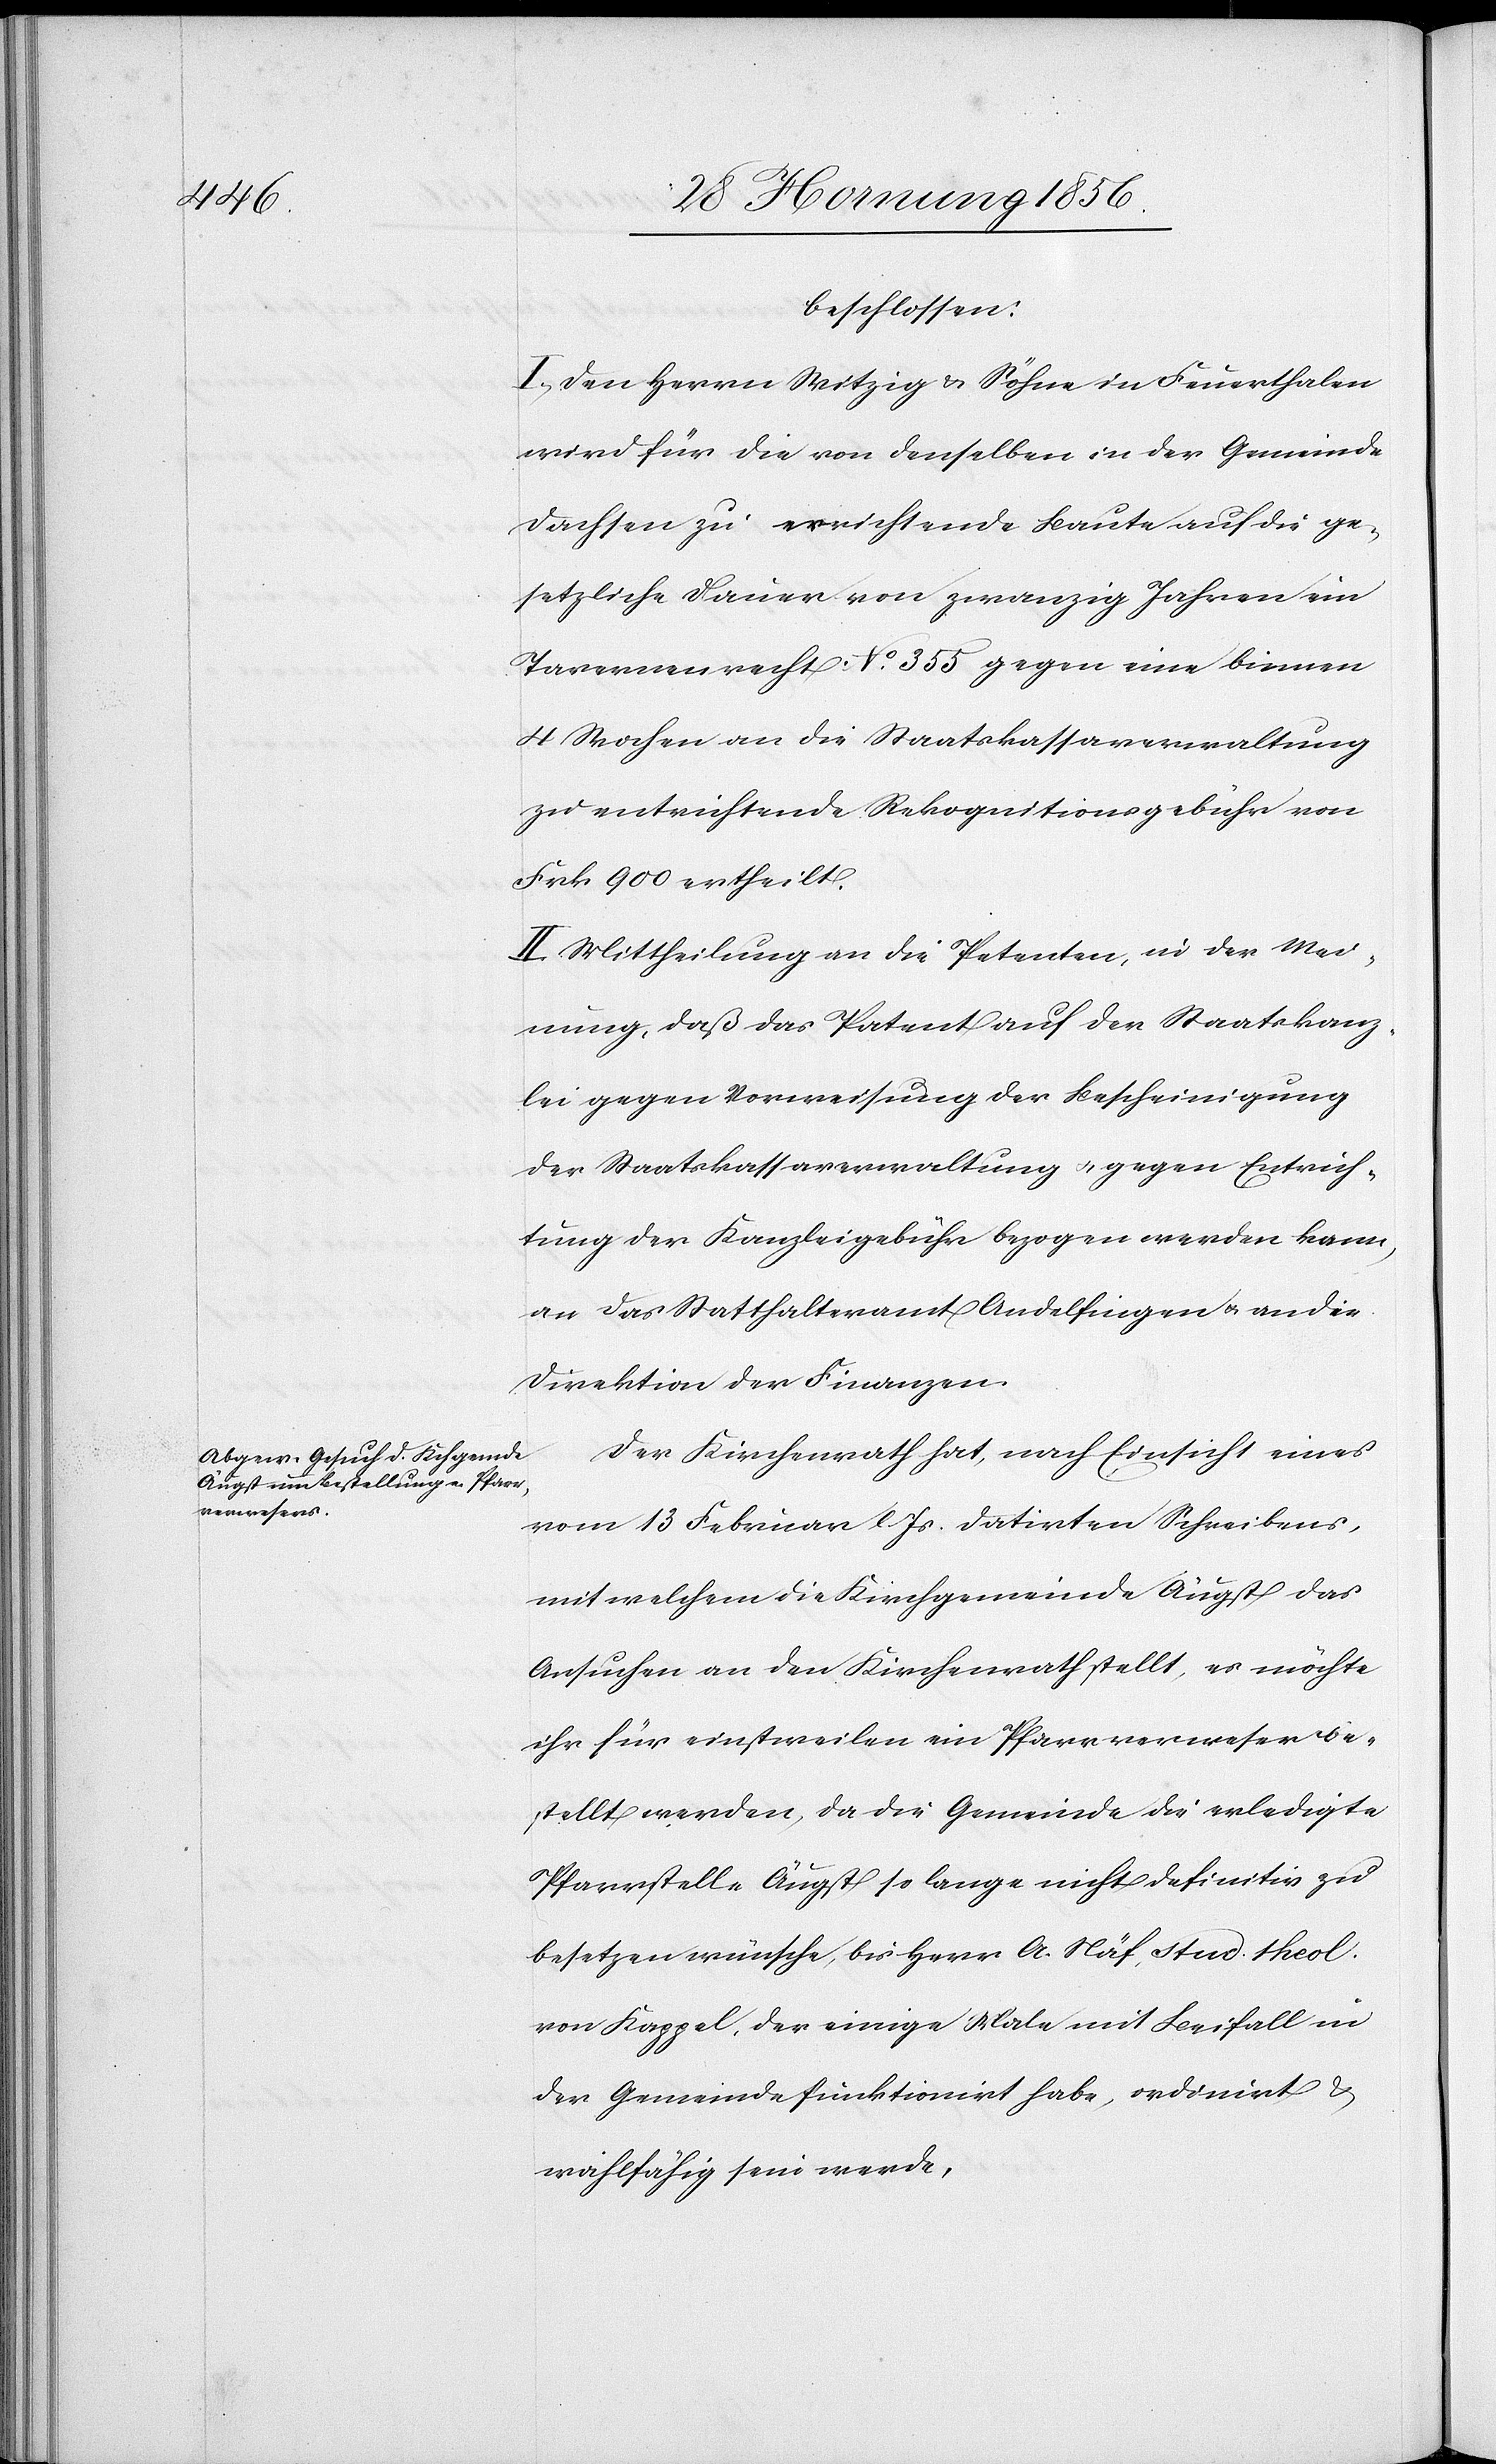
beschlossen:
I.) Den Herrn Witzig & Söhne in Feuerthalen
wird für die denselben in der Gemeinde
Dachsen zu errichtende Baute auf die ge¬
setzliche Dauer von zwanzig Jahren ein
Tavernenrecht No. 355 gegen eine binnen
4 Wochen an die Staatskassaverwaltung
zu entrichtende Rekognitionsgebühr von
Frk 900 ertheilt.
II.) Mittheilung an die Petenten, in der Mei¬
nung, daß das Patent auf der Staatskanz¬
lei gegen Vorweisung der Bescheinigung
der Staatskassaverwaltung u. gegen Entrich¬
tung der Kanzleigebühr bezogen werden kann,
an das Statthalteramt Andelfingen u. an die
Direktion der Finanzen.
Der Kirchenrath hat, nach Einsicht eines
vom 13 Februar l Js. datirten Schreibens,
mit welchem die Kirchgemeinde Augst das
Ansuchen an den Kirchenrath stellt, es möchte
ihr für einstweilen ein Pfarrverweser be¬
stellt werden, da die Gemeinde die erledigte
Pfarrstelle Augst so lange nicht definitiv zu
besetzen wünsche, bis Herr A. Näf, stud. theol.
von Kappel, der einige Male mit Beifall in
der Gemeinde funktionirt habe, ordinirt &
wahlfähig sein werde,